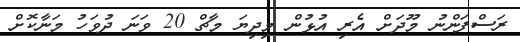
ރަސްފަންނު މޫދަށް އެރި އުޅުން މިދިޔަ މާޗް 20 ވަނަ ދުވަހު މަނާކޮށް